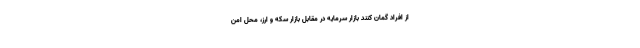
از افراد گمان کنند بازار سرمایه در مقابل بازار سکه و ارز، محل امن